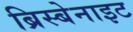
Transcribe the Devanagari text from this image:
ब्रिस्बेनाइट